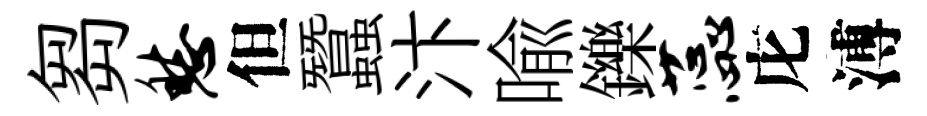
芻愁但蠶汴喩鑠蕊庀溥